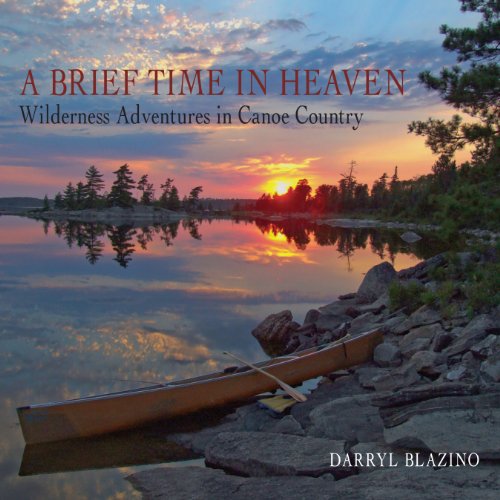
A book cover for A Brief Time in Heaven: Wilderness Adventures in Canoe Country; Darryl Blazino; Travel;